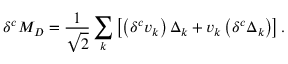
\delta ^ { c } M _ { D } = \frac { 1 } { \sqrt { 2 } } \sum _ { k } \left[ \left( \delta ^ { c } v _ { k } \right) \Delta _ { k } + v _ { k } \left( \delta ^ { c } \Delta _ { k } \right) \right] .